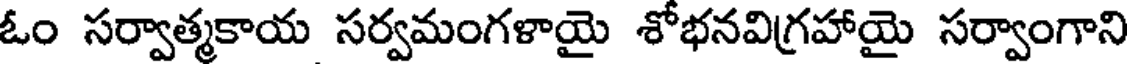
ఓం సర్వాత్మకాయ సర్వమంగళాయై శోభనవిగ్రహాయై సర్వాంగాని